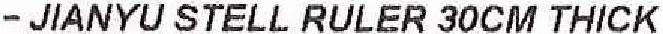
- JIANYU STELL RULER 30CM THICK